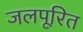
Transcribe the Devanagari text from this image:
जलपूरित